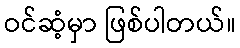
ဝင်ဆံ့မှာ ဖြစ်ပါတယ်။